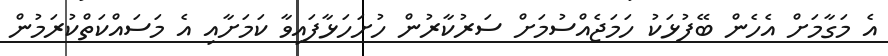
އެ މަގާމަށް އެހެން ބޭފުޅަކު ހަމަޖެއްސުމަށް ސަރުކާރުން ހުށަހަޅާފައިވާ ކަމަށާއި އެ މަސައްކަތްކުރަމުން